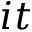
i t